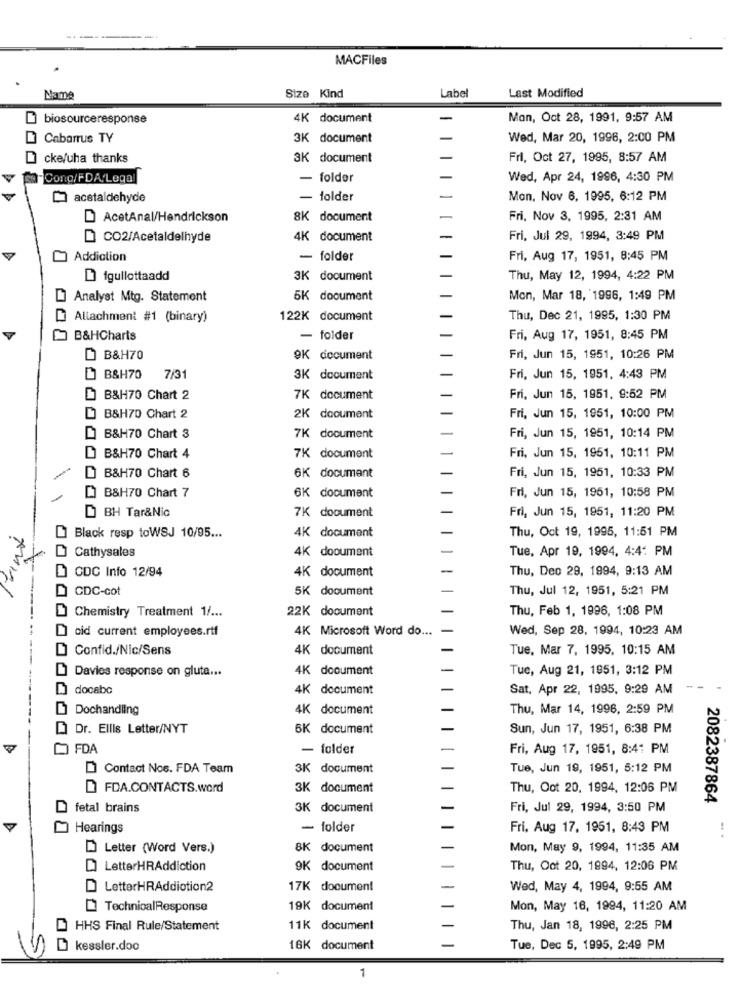
MACFiles
Last Modified
Name
Size Kind
Label
biosourceresponse
4K document
Mon, Oct 28, 1991, 9:57 AM
Cabarrus TY
3K document
Wed, Mar 20, 1996, 2:00 PM
cke/uha thanks
3K document
Fri, Oct 27, 1995, 8:57 AM
Cong/FDA/Legal
- folder
Wed, Apr 24, 1996, 4:30 PM
acetaldehyde
- folder
Mon, Nov 6, 1995, 6:12 PM
AcetAnal/Hendrickson
8K document
Fri, Nov 3, 1995, 2:31 AM
D CO2/Acetaldelhyde
4K document
Fri, Jul 29, 1994, 3:49 PM
Addiction
- folder
Fri, Aug 17, 1951, 8:45 PM
igullottaadd
3K document
Thu, May 12, 1994, 4:22 PM
Analyst Mtg. Statement
5K document
Mon, Mar 18, 1996, 1:49 PM
Allachment #1 (binary)
122K document
Thu, Dec 21, 1995, 1:30 PM
B&HCharts
- folder
Fri, Aug 17, 1951, 8:45 PM
B&H70
9K document
Fri, Jun 15, 1951, 10:26 PM
B&H70
7/31
3K document
Fri, Jun 15, 1951, 4:43 PM
B&H70 Chart 2
7K document
Fri, Jun 15, 1951, 9:52 PM
B&H70 Chart 2
2K document
Fri, Jun 15, 1951, 10:00 PM
B&H70 Chart 3
7K document
Fri, Jun 15, 1951, 10:14 PM
Fri, Jun 15, 1951, 10:11 PM
B&H70 Chart 4
7K document
6K document
B&H70 Chart 6
Fri, Jun 15, 1951, 10:33 PM
6K document
B&H70 Chart 7
Fri, Jun 15, 1951, 10:58 PM
D BH Tar&Nic
7K document
Fri, Jun 15, 1951, 11:20 PM
4K document
Thu, Oct 19, 1995, 11:51 PM
Black resp toWSJ 10/95 ...
4K dooument
Tue, Apr 19, 1994, 4:4: PM
Cathysales
CDC Info 12/94
4K document
Thu, Deo 29, 1994, 9:13 AM
CDC-cot
5K document
Thu, Jul 12, 1951, 5:21 PM
Chemistry Treatment 1/ ...
22K document
Thu, Feb 1, 1996, 1:08 PM
DI cid current employees.rtf
4K Microsoft Word do ...
Wed, Sep 28, 1994, 10:23 AM
Confid./Nic/Sens
4K document
Tue, Mar 7, 1995, 10:15 AM
Davies response on gluta ...
4K document
Tue, Aug 21, 1951, 3:12 PM
docabo
4K document
Sat, Apr 22, 1995, 9:29 AM
Dochandling
4K document
Thu, Mar 14, 1996, 2:59 PM
Dr. Ellis Letter/NYT
6K document
Sun, Jun 17, 1951, 6:38 PM
FDA
- folder
Fri, Aug 17, 1951, 8:41 PM
Contact Nos. FDA Team
3K document
Tue, Jun 19, 1951, 5:12 PM
FDA.CONTACTS.word
3K document
Thu, Oot 20, 1994, 12:06 PM
2082387864
fetal brains
3K document
Fri, Jul 29, 1994, 3:50 PM
Hearings
- folder
Fri, Aug 17, 1951, 8:43 PM
Letter (Word Vers.)
8K document
Mon, May 9, 1994, 11:35 AM
LetterHRAddiction
9K document
Thu, Oot 20, 1994, 12:06 PM
LetterHRAddiction2
17K document
Wed, May 4, 1994, 9:55 AM
TechnicalResponse
19K document
Mon, May 16, 1994, 11:20 AM
HHS Final Rule/Statement
11K document
Thu, Jan 18, 1996, 2:25 PM
kessler.doc
16K document
Tue, Dec 5, 1995, 2:49 PM